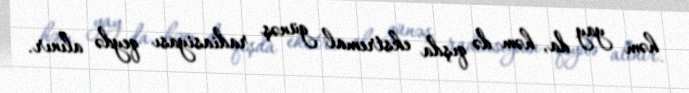
həm yay da, həm də qışda ekstremal günəş radiasiyası qeydə alınır.